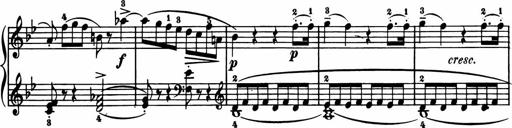
Title: 11 Sonatinas for Piano Solo
Composer: Anton Diabelli